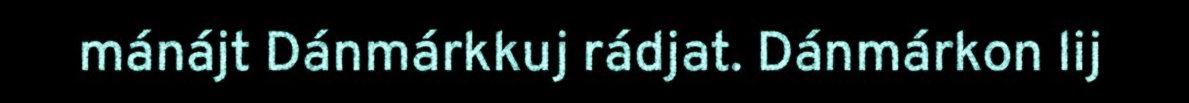
mánájt Dánmárkkuj rádjat. Dánmárkon lij